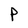
Character: P